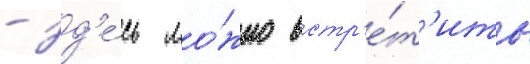
- зд'е́сь мо́жно встр'е́т'ить